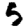
Digit: 5